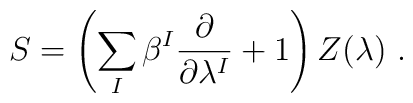
S=\left(\sum_I \beta^I\frac{\partial}{\partial \lambda^I}+1\right)Z(\lambda) \ .